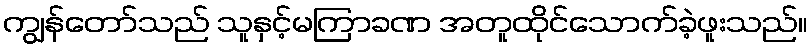
ကျွန်တော်သည် သူနှင့်မကြာခဏ အတူထိုင်သောက်ခဲ့ဖူးသည်။